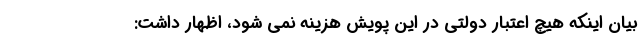
بیان اینکه هیچ اعتبار دولتی در این پویش هزینه نمی شود، اظهار داشت: